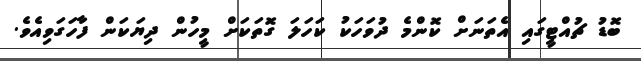
ބޮޑު ޗުއްޓީގައި އެތަނަށް ކޮންމެ ދުވަހަކު ކަހަލަ ގޮތަކަށް މީހުން ދިޔަކަން ފާހަގަވިއެވެ.